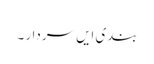
بندی ایں سردار ۔